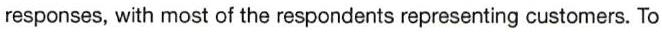
responses, with most of the respondents representing customers. To